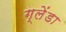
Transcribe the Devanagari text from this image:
ग्लेंडा